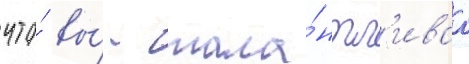
что́ вы́ - тала́нтл'иваа